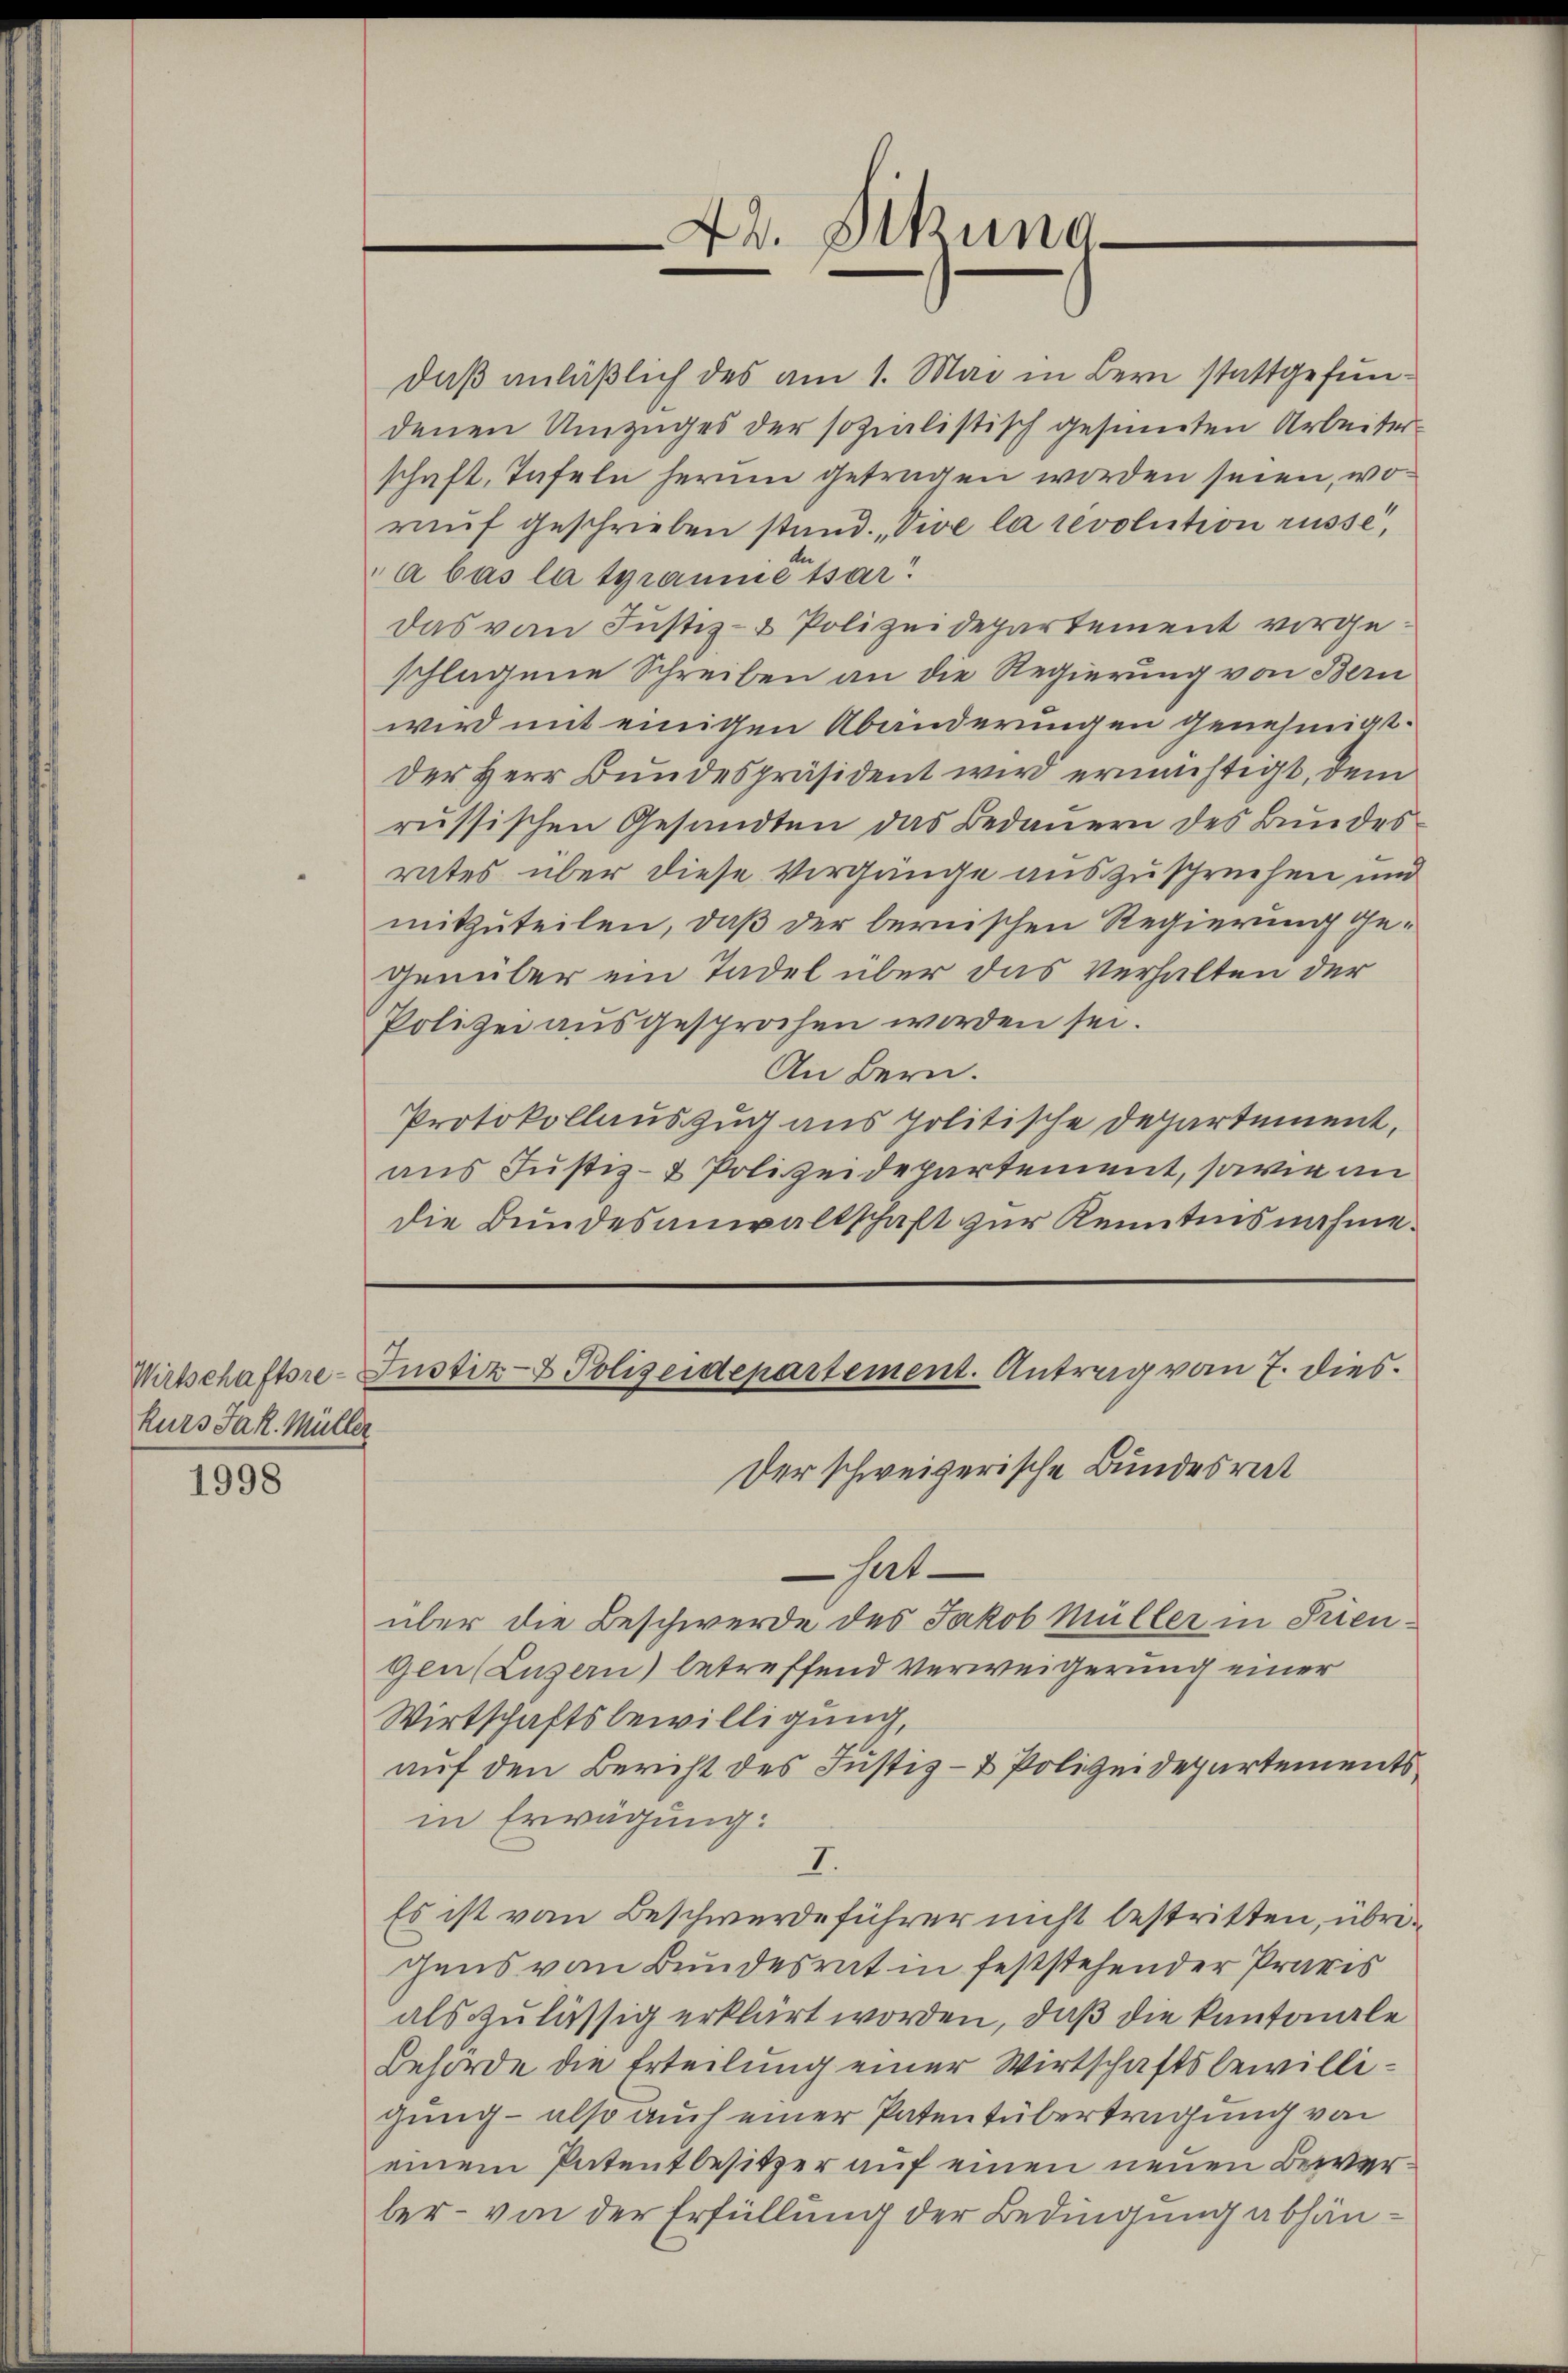
kurs Jak. Müller

1998

hat
über die Beschwerde des Jakob Müller in Trien¬
Gen (Luzern) betreffend Verweigerung einer
Wirtschaftsbewilligung,
auf den Bericht des Justiz- & Polizeidepartements
in Erwägung:
I.
Es ist vom Beschwerdeführer nicht bestritten, übrigens von Bundesrat in feststehender Praxis
als zulässig erklärt worden, daß die kantonale
Behörde die Erteilung einer Wirtschaftsbewilligung - also auch einer Patentübertragung von
einem Patentbesitzer auf einen neuen Bewerber- von der Erfüllung der Bedingung abhän¬

42. Sekung
e

daß anläßlich des am 1. Mai in Bern stattgefundenen Umzuges der sozialistisch gesinnten Arbeiter
schaft, Tafeln herum getragen worden seien, woraŭf geschrieben stand. Vive la revolution rüsse,
a bas la traumetsar
das vom Justiz- & Polizeidepartement vorgeschlagene Schreiben an die Regierung von Bern
wird mit einigen Abänderungen genehmigt.
der Herr Bundespräsident wird ermächtigt, dem
russischen Gesandten das Bedauern des Bundesrates über diese Vorgänge auszusprechen und
mitzuteilen, daß der bernischen Regierung gegenüber ein Tadel über das Verhalten der
Polizei ausgesprochen worden sei.
An Bern.
Protokollauszug aus politische Departement,
aus Justiz- & Polizeidepartement, sowie an
die Bundesanwaltschaft zur Kenntnisnahme.

Wirtschaftsre-Justiz- & Polizeidepartement. Antrag vom 7. dies
Der schweizerische Bundesrat